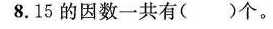
8.15的因数一共有()个。